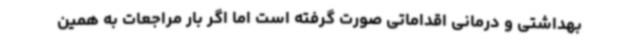
بهداشتی و درمانی اقداماتی صورت گرفته است اما اگر بار مراجعات به همین